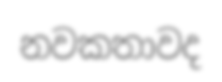
නවකතාවද